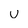
Character: u